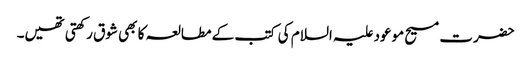
حضرت مسیح موعود علیہ السلام کی کتب کے مطالعہ کا بھی شوق رکھتی تھیں۔